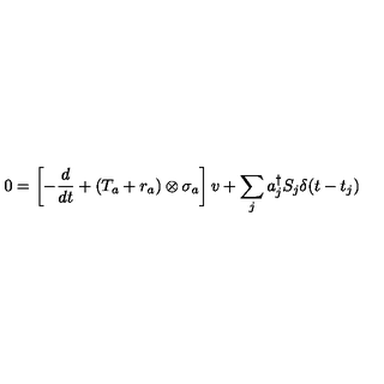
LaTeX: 0 = \left[ - { \frac { d } { d t } } + ( { T _ { a } } + { r _ { a } } ) \otimes { \sigma _ { a } } \right] v + \sum _ { j } a _ { j } ^ { \dagger } S _ { j } \delta ( t - t _ { j } )